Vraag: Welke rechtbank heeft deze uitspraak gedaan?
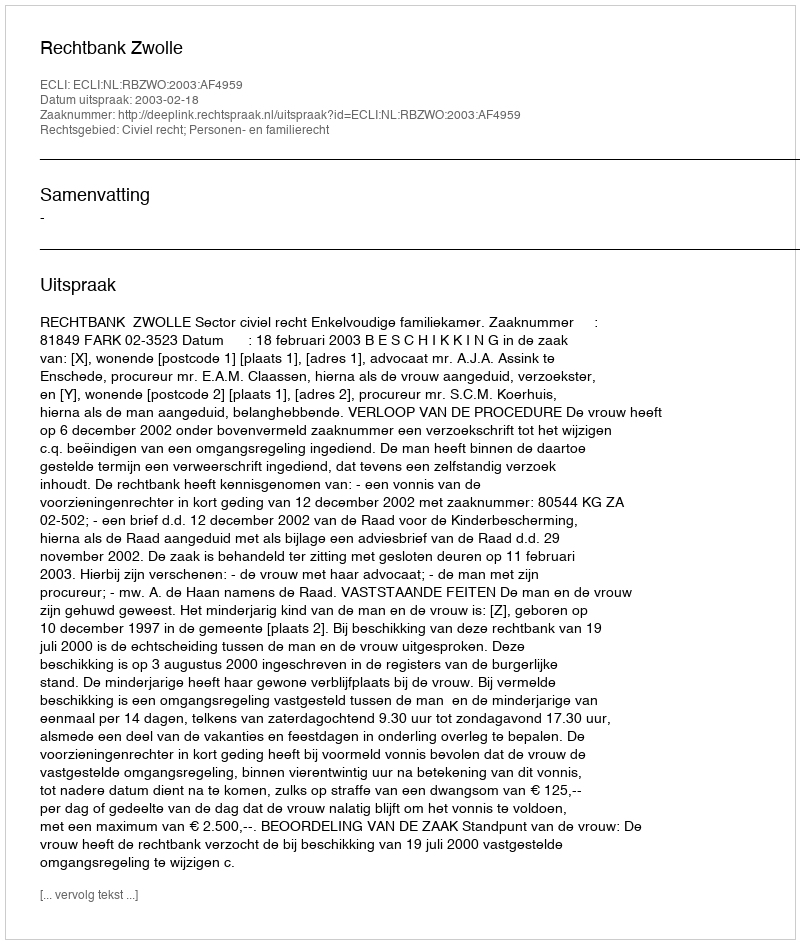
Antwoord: Rechtbank Zwolle